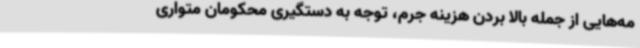
مه‌هایی از جمله بالا بردن هزینه جرم، توجه به دستگیری محکومان متواری